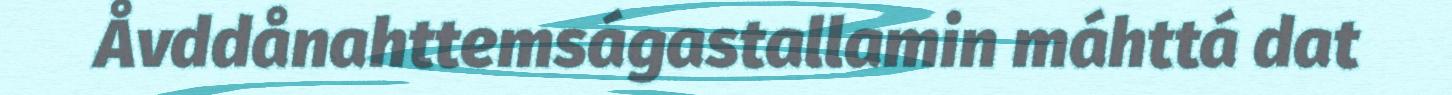
Åvddånahttemságastallamin máhttá dat